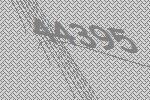
44395